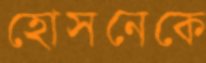
হোসনেকে